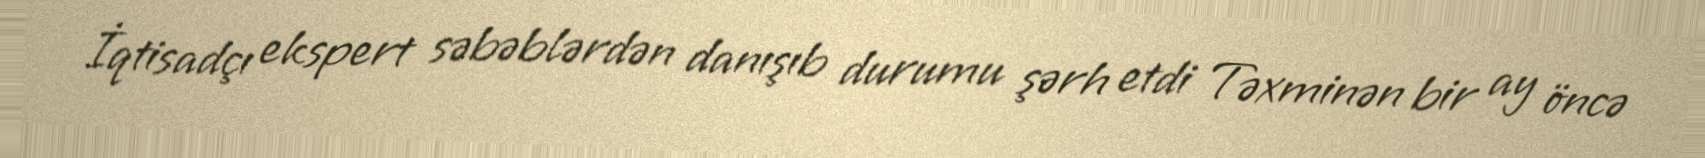
İqtisadçı ekspert səbəblərdən danışıb durumu şərh etdi Təxminən bir ay öncə